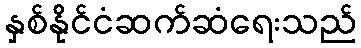
နှစ်နိုင်ငံဆက်ဆံရေးသည်